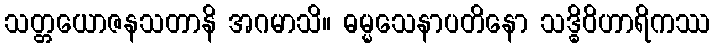
သတ္တယောဇနသတာနိ အဂမာသိ။ ဓမ္မသေနာပတိနော သဒ္ဓိဝိဟာရိကဿ